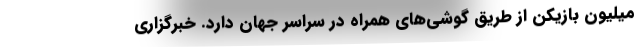
میلیون بازیکن از طریق گوشی‌های همراه در سراسر جهان دارد. خبرگزاری